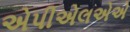
એપીએલએએ